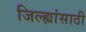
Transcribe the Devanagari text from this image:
जिल्ह्यांसाठी